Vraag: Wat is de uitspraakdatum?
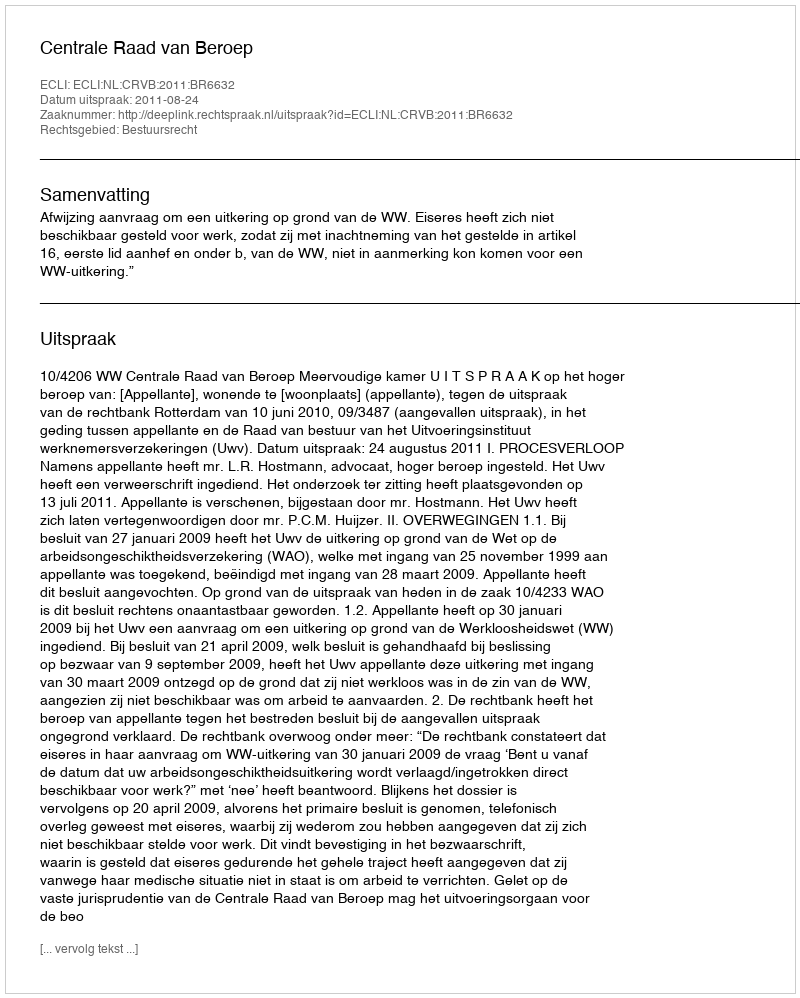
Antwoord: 2011-08-24